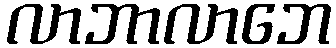
လာဘာလာဘေ